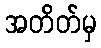
အတိတ်မှ